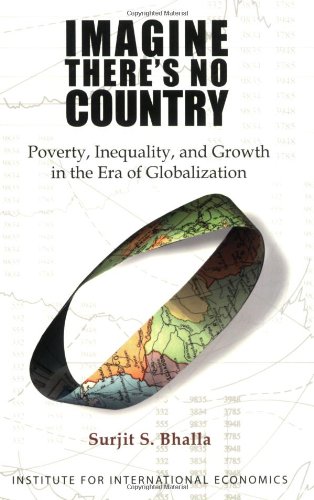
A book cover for Imagine There's No Country: Poverty Inequality and Growth in the Era of Globalization; Surjit S. Bhalla; Business & Money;